Vaccination in Bombay 1863-1868 - 1863-1868
Year: 1863
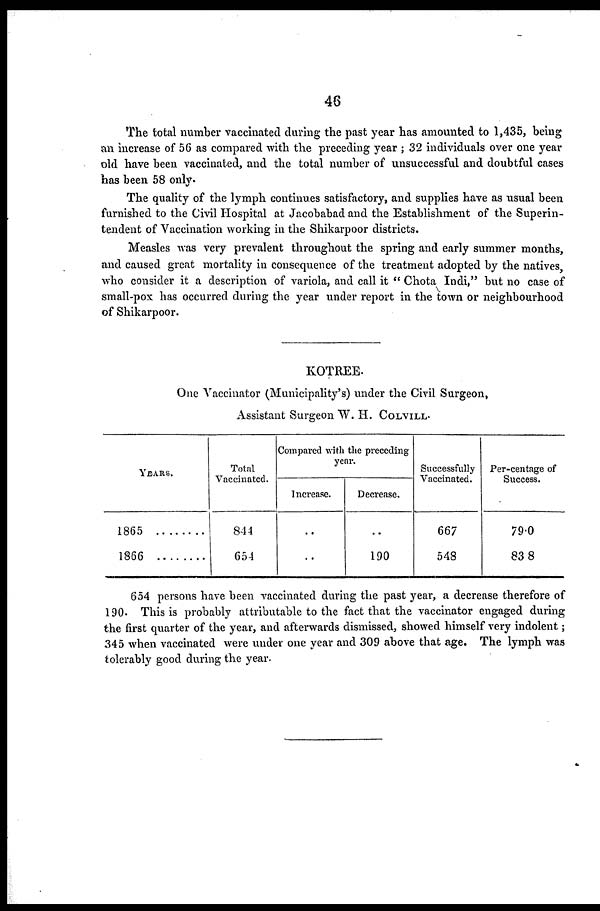
46
The total number vaccinated during the past year has amounted to 1,435, being
an increase of 56 as compared with the preceding year ; 32 individuals over one year
old have been vaccinated, and the total number of unsuccessful and doubtful cases
has been 58 only.
The quality of the lymph continues satisfactory, and supplies have as usual been
furnished to the Civil Hospital at Jacobabad and the Establishment of the Superin-
tendent of Vaccination working in the Shikarpoor districts.
Measles was very prevalent throughout the spring and early summer months,
and caused great mortality in consequence of the treatment adopted by the natives,
who consider it a description of variola, and call it " Chota Indi," but no case of
small-pox has occurred during the year under report in the town or neighbourhood
of Shikarpoor.
KOTREE.
One Vaccinator (Municipality's) under the Civil Surgeon,
Assistant Surgeon W. H. COLVILL.
YEARS.
1865
1866
Total
Vaccinated.
844
654
Compared with the preceding
year.
Increase.
..
..
Decrease.
..
190
Successfully
Vaccinated.
667
548
Per-centage of
Success.
79.0
83. 8
654 persons have been vaccinated during the past year, a decrease therefore of
190. This is probably attributable to the fact that the vaccinator engaged during
the first quarter of the year, and afterwards dismissed, showed himself very indolent;
345 when vaccinated were under one year and 309 above that age. The lymph was
tolerably good during the year.